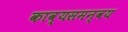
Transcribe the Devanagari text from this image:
काव्यसमन्वय